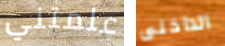
علمتني الداخلى